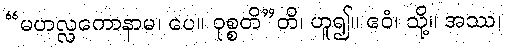
“မဟလ္လကောနာမ၊ ပေ။ ဝုစ္စတိ”တိ၊ ဟူ၍။ ဧဝံ၊ သို့။ အဿ၊